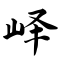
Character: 峄